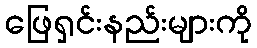
ဖြေရှင်းနည်းများကို